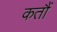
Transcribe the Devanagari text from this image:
कतौं